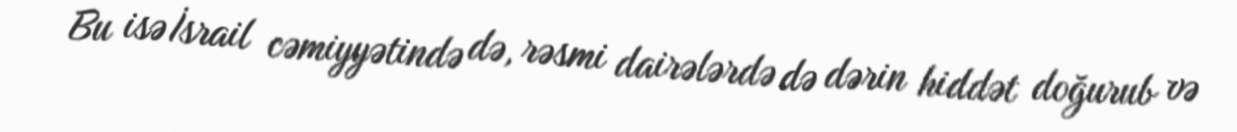
Bu isə İsrail cəmiyyətində də, rəsmi dairələrdə də dərin hiddət doğurub və